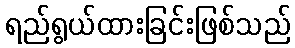
ရည်ရွယ်ထားခြင်းဖြစ်သည်